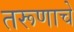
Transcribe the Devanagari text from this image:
तरूणाचे